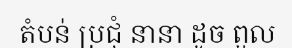
តំបន់ ប្រជុំ នានា ដូច ពួល